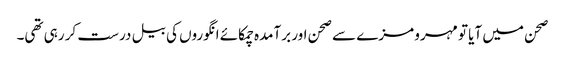
صحن میں آیا تو مہرو مزے سے صحن اور برآمدہ چمکائے انگوروں کی بیل درست کر رہی تھی۔